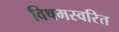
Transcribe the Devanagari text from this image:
विषमस्वरित